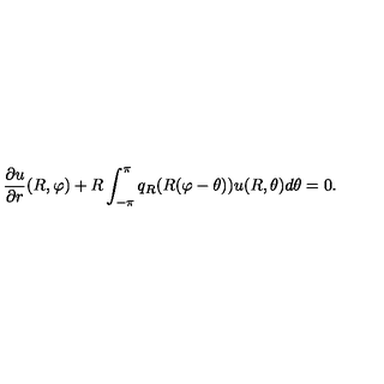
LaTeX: { \frac { \partial u } { \partial r } } ( R , \varphi ) + R \int _ { - \pi } ^ { \pi } q _ { R } ( R ( \varphi - \theta ) ) u ( R , \theta ) d \theta = 0 .